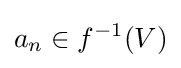
a_{n}\in f^{-1}(V)